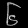
Digit: ၆